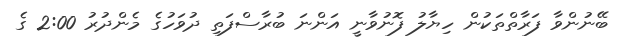
ބޭނުންވާ ފަރާތްތަކުން ހިޔާލު ފޮނުވާނީ އަންނަ ބުރާސްފަތި ދުވަހުގެ މެންދުރު 2:00 ގެ